Leaving Certificate Examination, 1912. Written examination, 1912
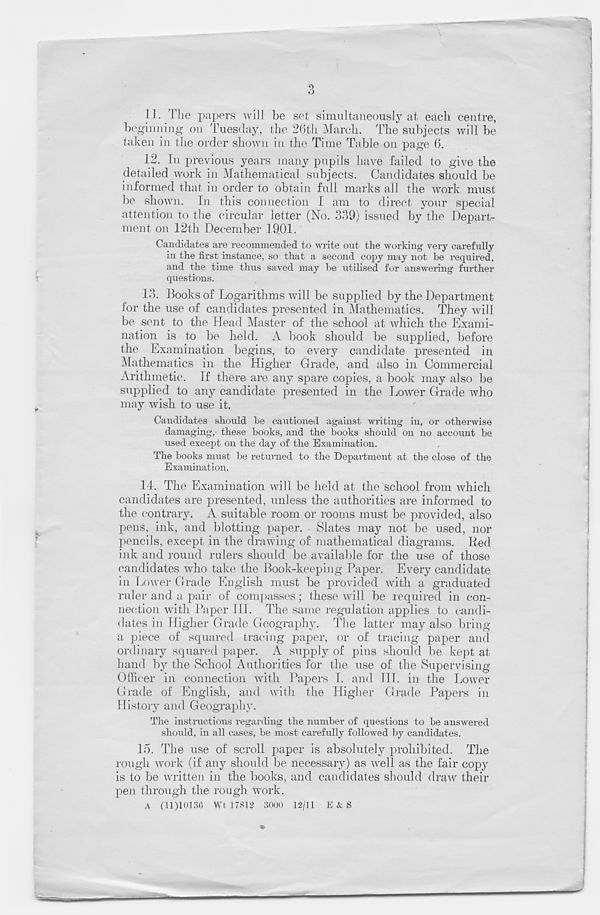
3
I I. The papers will be set simultaneously at each centre,
beginning on Tuesday, the 26th March. The subjects will bo
taken in the order shown in the Time Table on page 6.
12. In previous years many pupils have failed to give the
detailed work in Mathematical subjects. Candidates should be
informed that in order to obtain full marks all the work must
be shown. In this connection I am to direct your special
attention to the circular letter (No. 339) issued by the Depart-
ment on 12th December 1901.
Candidates are recommended to write out the working very carefully
in the first instance, so that a second copy may not be required,
and the time thus saved may be utilised for answering further
questions.
13. Books of Logarithms will be supplied by the Department
for the use of candidates presented in Mathematics. They will
be sent to the Head Master of the school at which the Exami-
nation is to be held. A book should be supplied, before
the Examination begins, to every candidate presented in
Mathematics in the Higher Grade, and also in Commercial
Arithmetic. If there are any spare copies, a book may also be
supplied to any candidate presented in the Lower Grade who
may wish to use it.
Candidates should be cautioned against writing in, or otherwise
damaging,- these books, and the books should on no account be
used except on the day of the Examination.
The books must be returned to the Department at the close of the
Examination.
14. The Examination will be held at the school from which
candidates are presented, unless the authorities are informed to
the contrary. A suitable room or rooms must be provided, also
pens, ink, and blotting paper. Slates may not be used, nor
pencils, except in the drawing of mathematical diagrams. Red
ink and round rulers should be available for the use of those
candidates who take the Book-keeping Paper. Every candidate
in Lower Grade English must be provided with a graduated
ruler and a pair of compasses; these will be required in con-
nection with Paper HI. The same regulation applies to candi-
dates in Higher Grade Geography. The latter may also bring
a piece of squared tracing paper, or of tracing paper and
ordinary squared paper. A supply of pins should be kept at
hand by the School Authorities for the use of the Supervising
Officer in connection with Papers I. and HI. in the Lower
Grade of English, and with the Higher Grade Papers in
History and Geography.
The instructions regarding the number of questions to be answered
should, in all cases, be most carefully followed by candidates.
15. The use of scroll paper is absolutely prohibited. The
rough work (if any should be necessary) as well as the fair copy
is to be written in the books, and candidates should draw their
pen through the rough work.
A (11)10136 Wt 17812 3000 12/11 E&S